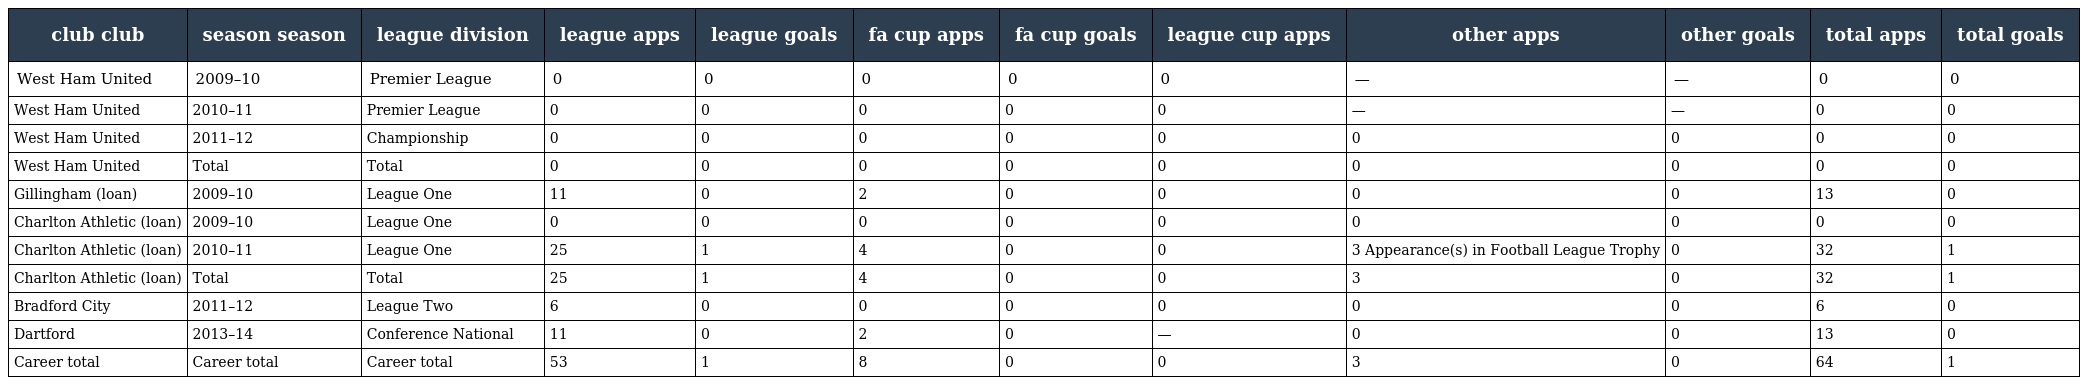
| club club | season season | league division | league apps | league goals | fa cup apps | fa cup goals | league cup apps | other apps | other goals | total apps | total goals |
 | --- | --- | --- | --- | --- | --- | --- | --- | --- | --- | --- | --- |
 | West Ham United | 2009–10 | Premier League | 0 | 0 | 0 | 0 | 0 | — | — | 0 | 0 |
 | West Ham United | 2010–11 | Premier League | 0 | 0 | 0 | 0 | 0 | — | — | 0 | 0 |
 | West Ham United | 2011–12 | Championship | 0 | 0 | 0 | 0 | 0 | 0 | 0 | 0 | 0 |
 | West Ham United | Total | Total | 0 | 0 | 0 | 0 | 0 | 0 | 0 | 0 | 0 |
 | Gillingham (loan) | 2009–10 | League One | 11 | 0 | 2 | 0 | 0 | 0 | 0 | 13 | 0 |
 | Charlton Athletic (loan) | 2009–10 | League One | 0 | 0 | 0 | 0 | 0 | 0 | 0 | 0 | 0 |
 | Charlton Athletic (loan) | 2010–11 | League One | 25 | 1 | 4 | 0 | 0 | 3 Appearance(s) in Football League Trophy | 0 | 32 | 1 |
 | Charlton Athletic (loan) | Total | Total | 25 | 1 | 4 | 0 | 0 | 3 | 0 | 32 | 1 |
 | Bradford City | 2011–12 | League Two | 6 | 0 | 0 | 0 | 0 | 0 | 0 | 6 | 0 |
 | Dartford | 2013–14 | Conference National | 11 | 0 | 2 | 0 | — | 0 | 0 | 13 | 0 |
 | Career total | Career total | Career total | 53 | 1 | 8 | 0 | 0 | 3 | 0 | 64 | 1 |